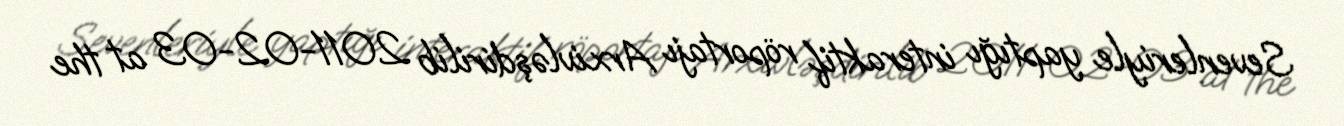
Sevenleriyle yaptığı interaktif röportajı Arxivləşdirilib 2011-02-03 at the